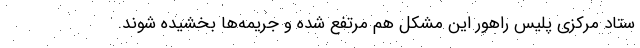
ستاد مرکزی پلیس راهور این مشکل هم مرتفع شده و جریمه‌ها بخشیده شوند.